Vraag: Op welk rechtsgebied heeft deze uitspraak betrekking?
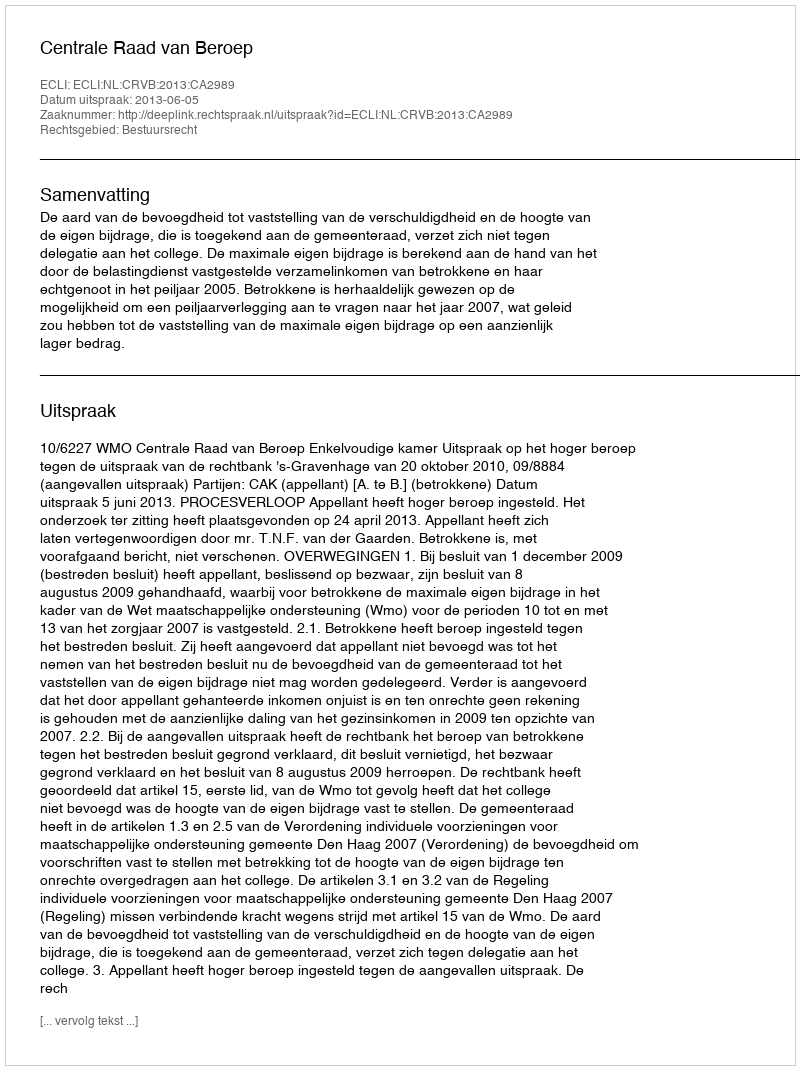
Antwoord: Bestuursrecht